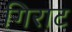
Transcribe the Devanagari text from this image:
गिराट